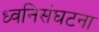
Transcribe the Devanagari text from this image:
ध्वनिसंघटना